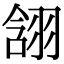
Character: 䎏